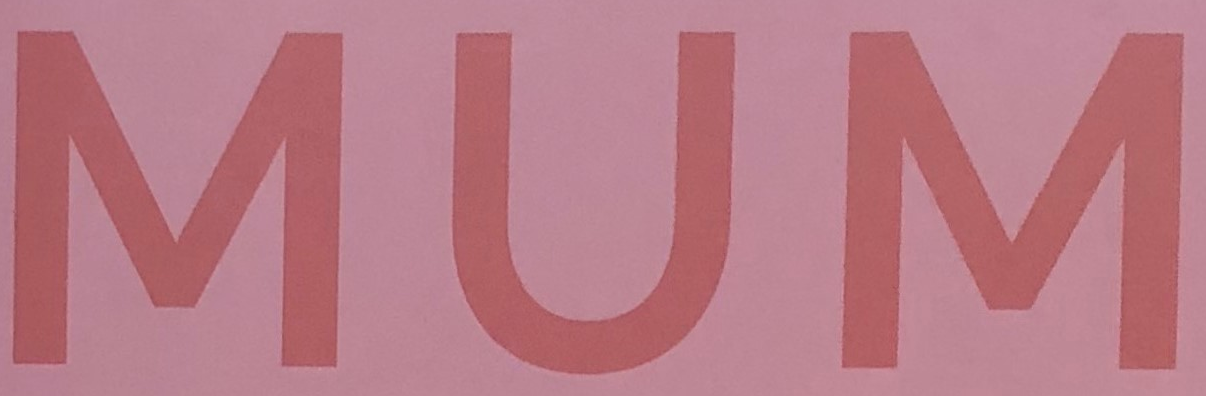
MUM